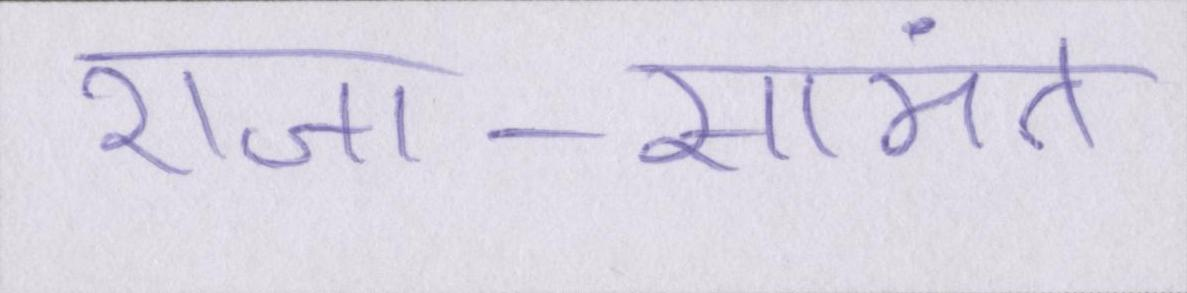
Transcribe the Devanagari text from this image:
राजा-सामंत